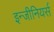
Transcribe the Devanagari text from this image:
इन्जीनियर्स